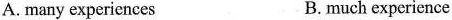
A.many experiences B. much experience